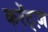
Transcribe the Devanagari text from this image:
करेंट्ज़